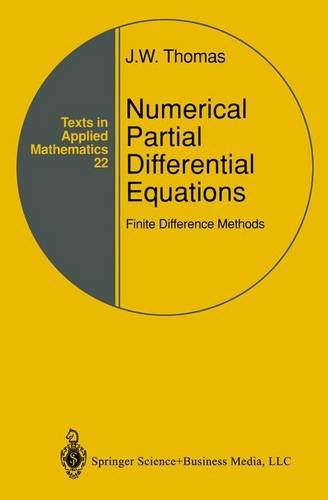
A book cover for Numerical Partial Differential Equations: Finite Difference Methods (Texts in Applied Mathematics); J.W. Thomas; Science & Math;